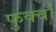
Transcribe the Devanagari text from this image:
फुर्क्वाँ